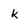
Character: k